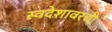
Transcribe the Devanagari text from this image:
स्वदेशावरची